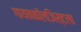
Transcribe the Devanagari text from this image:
गायनकॉलजिस्टला